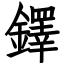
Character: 鐸